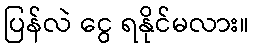
ပြန်လဲ ငွေ ရနိုင်မလား။